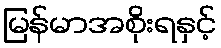
မြန်မာအစိုးရနှင့်